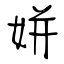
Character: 姘